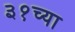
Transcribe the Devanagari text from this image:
३१च्या